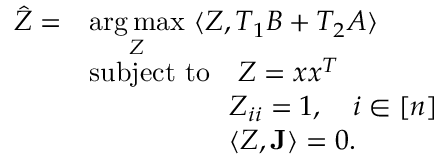
\begin{array} { r l } { \hat { Z } = } & { \underset { Z } { \arg \operatorname* { m a x } } ~ \langle Z , T _ { 1 } B + T _ { 2 } A \rangle } \\ & { \mathrm { s u b j e c t ~ t o } \quad Z = x x ^ { T } } \\ & { \quad \quad \quad \quad \quad Z _ { i i } = 1 , \quad i \in [ n ] } \\ & { \quad \quad \quad \quad \quad \langle Z , \mathbf { J } \rangle = 0 . } \end{array}